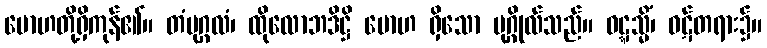
မောဟတို့ရှိကုန်၏။ တံပုဂ္ဂလံ၊ ထိုလောဘဒိဋ္ဌိ မောဟ ရှိသော ပုဂ္ဂိုလ်သည်။ ဝဋ္ဋသ္မိံ၊ ဝဋ်တရား၌။